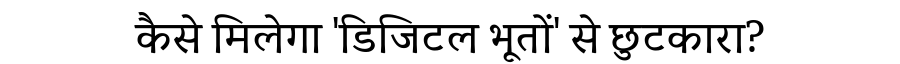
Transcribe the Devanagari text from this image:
कैसे मिलेगा 'डिजिटल भूतों' से छुटकारा?